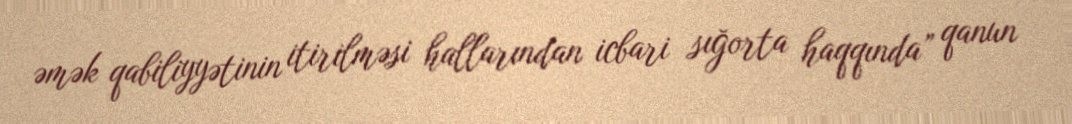
əmək qabiliyyətinin itirilməsi hallarından icbari sığorta haqqında” qanun